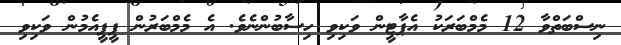
ނިސްބަތްވާ 12 މެމްބަރަކު އެޕާޓީން ވަކިވި ހިސާބުންނެވެ. އެ މެމްބަރުން ޕީޕީއެމުން ވަކިވި